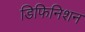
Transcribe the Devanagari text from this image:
डिफिनिशन